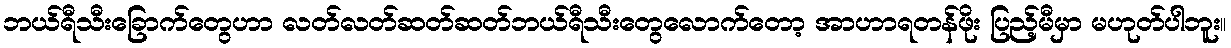
ဘယ်ရီသီးခြောက်တွေဟာ လတ်လတ်ဆတ်ဆတ်ဘယ်ရီသီးတွေလောက်တော့ အာဟာရတန်ဖိုး ပြည့်မီမှာ မဟုတ်ပါဘူး။